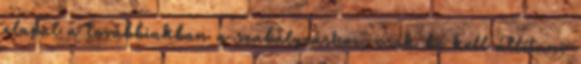
alapul a továbbiakban a szabályzáshoz, csak be kell állítani